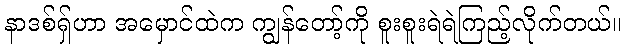
နာဒစ်ရှ်ဟာ အမှောင်ထဲက ကျွန်တော့်ကို စူးစူးရဲရဲကြည့်လိုက်တယ်။